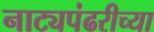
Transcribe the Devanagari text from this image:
नाट्यपंढरीच्या